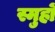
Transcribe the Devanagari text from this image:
स्मुहों